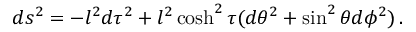
d s ^ { 2 } = - l ^ { 2 } d \tau ^ { 2 } + l ^ { 2 } \cosh ^ { 2 } \tau ( d \theta ^ { 2 } + \sin ^ { 2 } \theta d \phi ^ { 2 } ) \, .